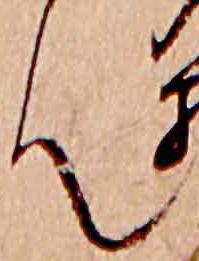
ん